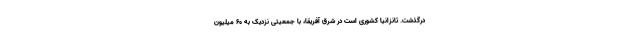
درگذشت. تانزانیا کشوری است در شرق آفریقا، با جمعیتی نزدیک به 60 میلیون